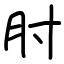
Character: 肘